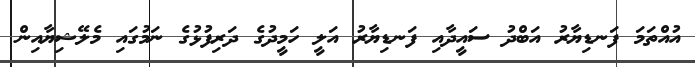
އުއްތަމަ ފަނޑިޔާރު އަބްދު ސައީދާއި ފަނޑިޔާރު އަލީ ހަމީދުގެ ދަރިފުޅުގެ ނަމުގައި މެލޭޝިޔާއިން